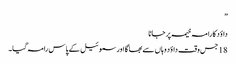
”
داؤد کا را مہ خیمہ پر جانا
18 جس وقت داؤد وہاں سے بھا گا اور سموئیل کے پاس رامہ گیا۔